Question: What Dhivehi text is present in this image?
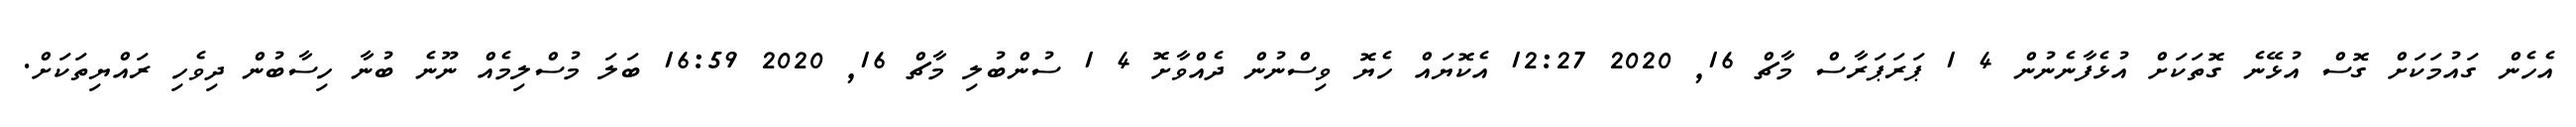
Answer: އެހެން ގައުމަކަށް ގޮސް އުޅޭނެ ގޮތަކަށް އުޅެފާނެނުން 4 1 ޕަރަޕަރާސް މާޗް 16, 2020 12:27 އެކޮޔައް ހެޔޮ ވިސްނުން ދެއްވާށޮ 4 1 ސުންބުލި މާޗް 16, 2020 16:59 ބަލަ މުސްލިމެއް ނޫނެ ބުނާ ހިސާބުން ދިވެހި ރައްޔިތަކަށް.